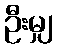
ဦးမျှ